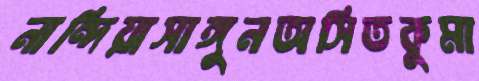
নান্দিয়াসাঙ্গুনঅসিতকুমা